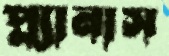
প্ল্যানাস